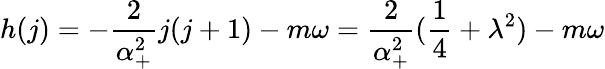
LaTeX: h(j)=-\frac 2{\alpha_{+}^{2}}j(j+1)-m\omega=\frac 2{\alpha_{+}^{2}}(\frac 14+\lambda^{2})-m\omega